Leaving Certificate Examination, 1915
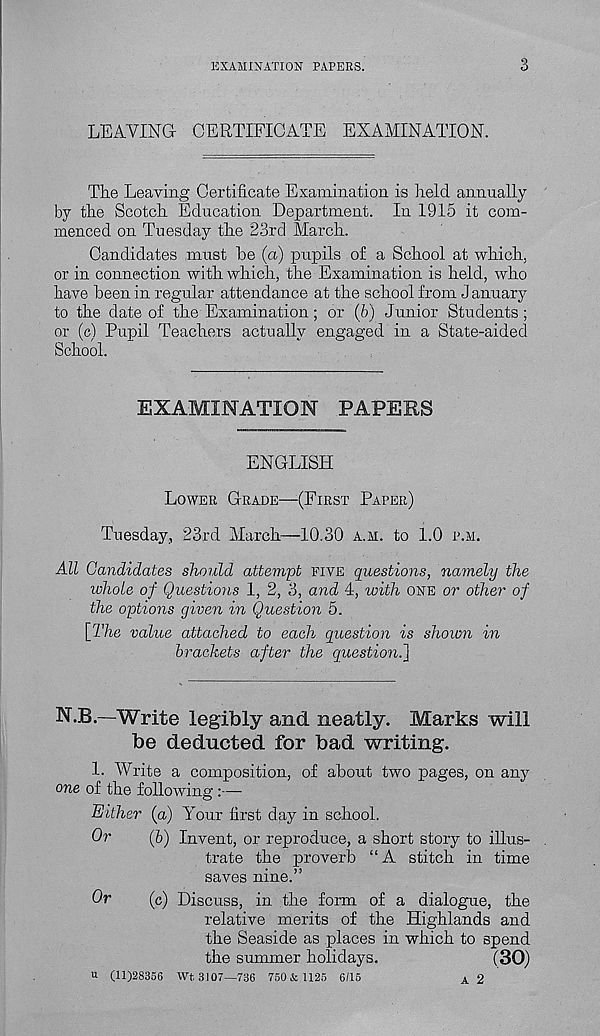
EXAMINATION PAPERS.
3
LEAVING CERTIFICATE EXAMINATION.
Tlie Leaving Certificate Examination is held annually
by the Scotch Education Department. In 1915 it com-
menced on Tuesday the 23rd March.
Candidates must he (a) pupils of a School at which,
or in connection with which, the Examination is held, who
have been in regular attendance at the school from J anuary
to the date of the Examination; or (b) Junior Students;
or (c) Pupil Teachers actually engaged in a State-aided
School.
EXAMINATION PAPERS
ENGLISH
LOWER GRADE—(FIRST PAPER)
Tuesday, 23rd March—10.30 A.M. to 1.0 P.M.
All Candidates should attempt FIVE questions, namely the
whole of Questions 1, 2, 3, and 4, with ONE or other of
the options given in Question 5.
\_l'he value attached to each question is shown in
brackets after the question.^
N.B.—Write legibly and neatly. Marks will
be deducted for bad writing.
1. Write a composition, of about two pages, on any
one of the following :—-
Either (a) Your first day in school.
Or
(6) Invent, or reproduce, a short story to illus-
trate the proverb “A stitch in time
saves nine.”
Or
(c) Discuss, in the form of a dialogue, the
relative merits of the Highlands and
the Seaside as places in which to spend
the summer holidays.
(30)
U (11)28356 Wt. 3107—736 750 & 1125 6/15
A 2